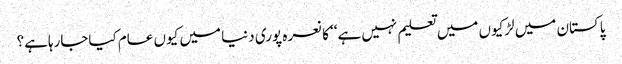
پاکستان میں لڑکیوں میں تعلیم نہیں ہے‘‘ کا نعرہ پوری دنیا میں کیوں عام کیاجارہاہے؟